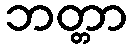
ဘတ္တာ